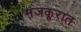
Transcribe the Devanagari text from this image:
मजकूरात